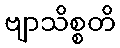
ဗျာသိစ္စတိ